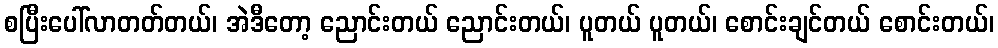
စပြီးပေါ်လာတတ်တယ်၊ အဲဒီတော့ ညောင်းတယ် ညောင်းတယ်၊ ပူတယ် ပူတယ်၊ စောင်းချင်တယ် စောင်းတယ်၊